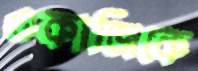
ওকাজিকে